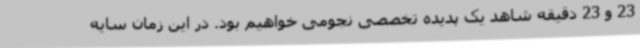
23 و 23 دقیقه شاهد یک پدیده تخصصی نجومی خواهیم بود. در این زمان سایه